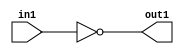
`timescale 1ps / 1ps
/*****************************************************************************
    Verilog RTL Description
    
    
    Created by: Stratus DpOpt 2019.1.01 
*******************************************************************************/

module st_weight_addr_gen_Not_1U_1U_4_2 (
	in1,
	out1
	); /* architecture "behavioural" */ 
input  in1;
output  out1;
wire  asc001;

assign asc001 = 
	((~in1));

assign out1 = asc001;
endmodule

/* CADENCE  urbzTwo= : u9/ySgnWtBlWxVPRXgAZ4Og= ** DO NOT EDIT THIS LINE ******/